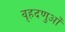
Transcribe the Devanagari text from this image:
वृहदणुओं